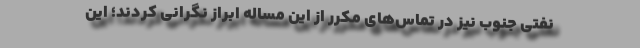
نفتی جنوب نیز در تماس‌های مکرر از این مساله ابراز نگرانی کردند؛ این